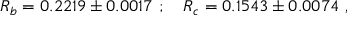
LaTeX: R _ { b } = 0 . 2 2 1 9 \pm 0 . 0 0 1 7 ~ ; ~ ~ ~ R _ { c } = 0 . 1 5 4 3 \pm 0 . 0 0 7 4 ~ ,